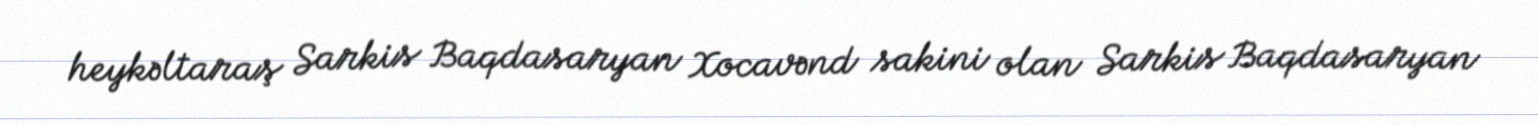
heykəltaraş Sarkis Baqdasaryan Xocavənd sakini olan Sarkis Baqdasaryan